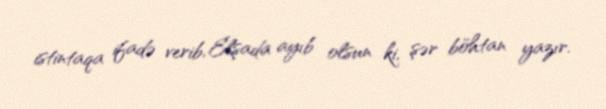
istintaqa ifadə verib, Elşada ayıb olsun ki, şər böhtan yazır.